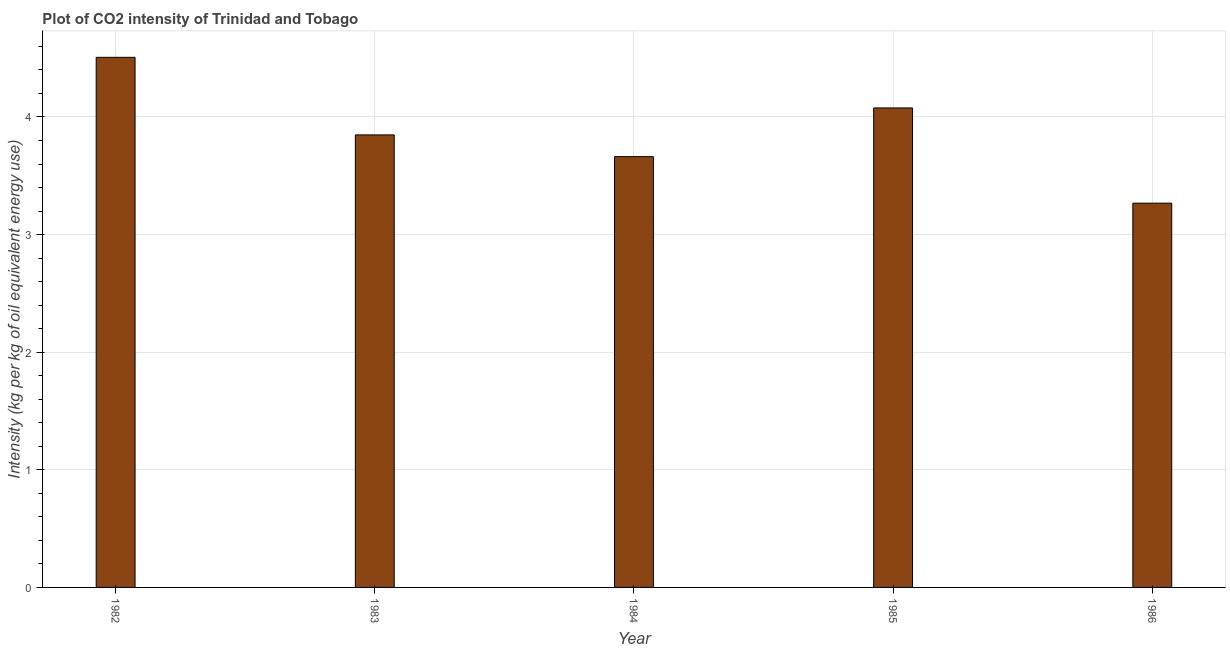
| Year | CO2 intensity |
 | --- | --- |
 | 1982 | 4.51 |
 | 1983 | 3.85 |
 | 1984 | 3.66 |
 | 1985 | 4.08 |
 | 1986 | 3.27 |